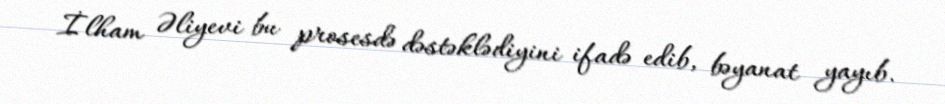
İlham Əliyevi bu prosesdə dəstəklədiyini ifadə edib, bəyanat yayıb.